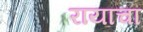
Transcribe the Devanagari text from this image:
रायाचा